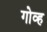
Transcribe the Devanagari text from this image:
गोव्ह